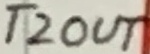
Text: T2OUT